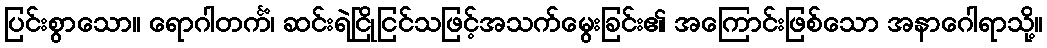
ပြင်းစွာသော။ ရောဂါတင်္ကံ၊ ဆင်းရဲငြိုငြင်သဖြင့်အသက်မွေးခြင်း၏ အကြောင်းဖြစ်သော အနာဂေါရာသို့။